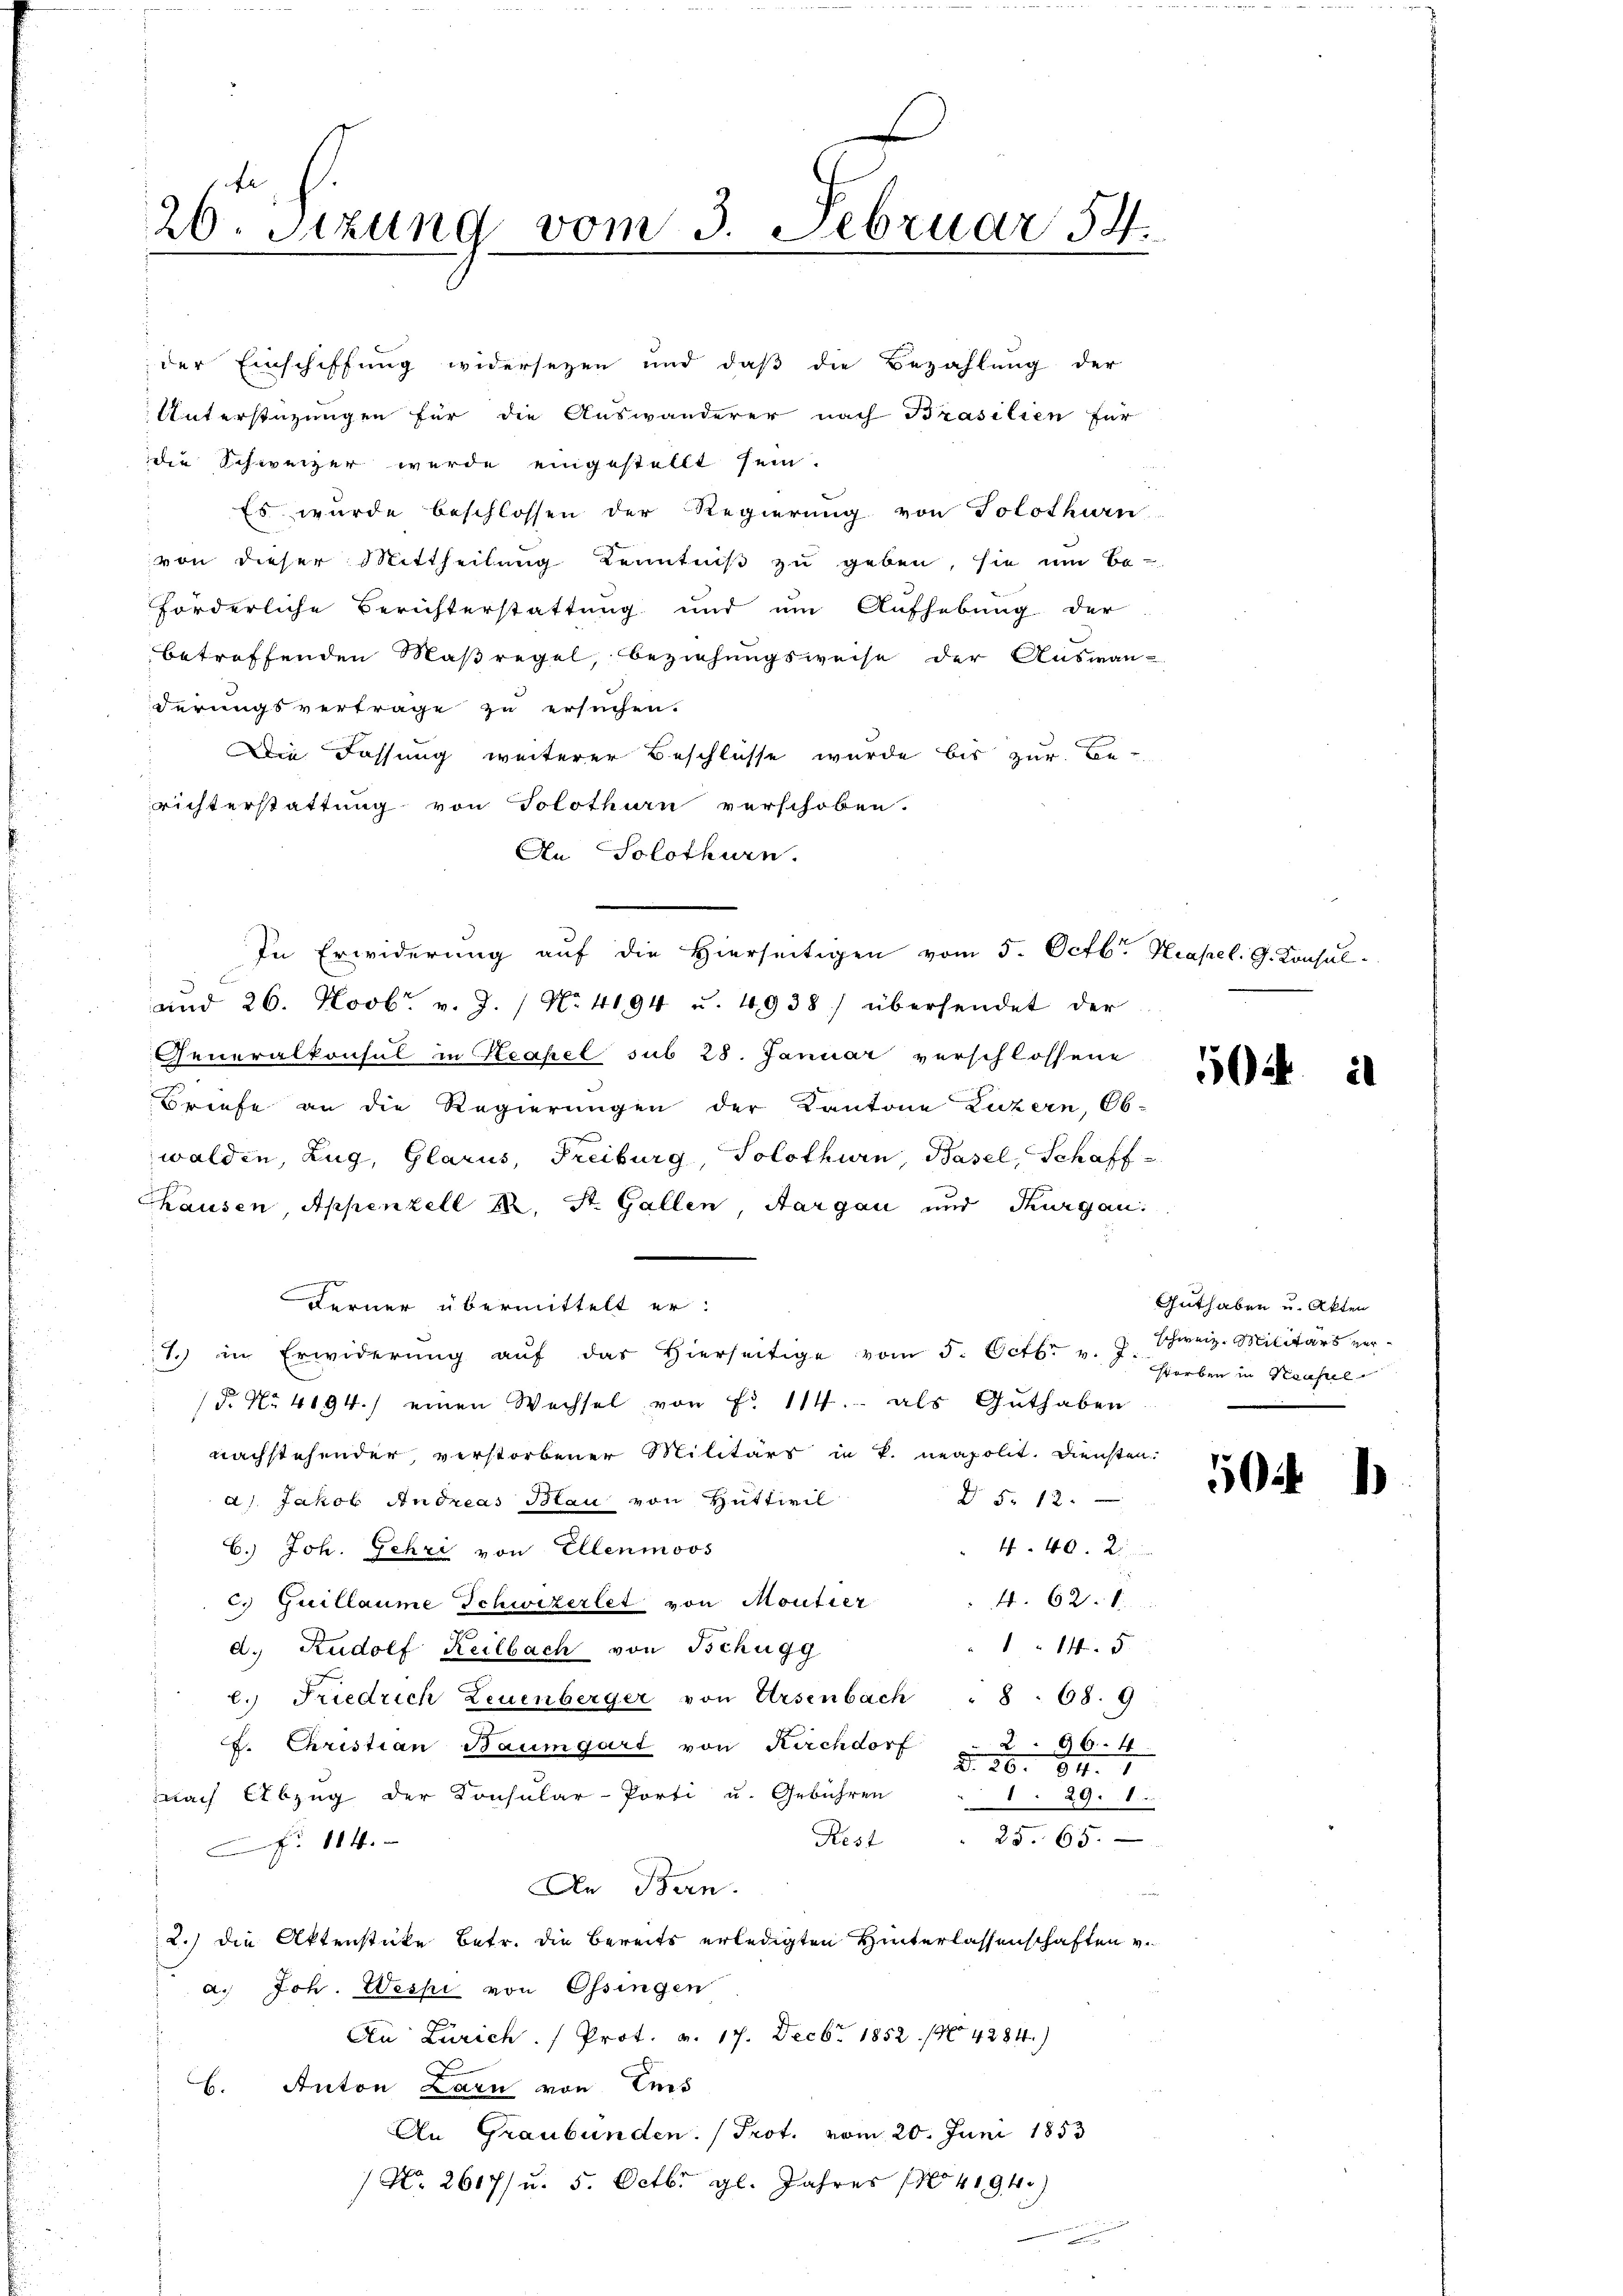
26. Sitzung vom 3. Februar 54.

der Einschiffung widersezen und daß die Bezahlung der
Unterstüzungen für die Auswanderer nach Brasilien für
die Schweizer wurde eingestellt sein.
Es wurde beschlossen der Regierung von Solothurn
von dieser Mittheilung Kenntniß zu geben, sie um Be-
forderliche Berichterstattung und um Aufhebung der
betreffenden Maßregel, Beziehungsweise der Auswanderungsverträge zu ersuchen.
Die Fassung weiterer Beschlüsse wurde bis zur Be-
richterstattung von Solothurn verschoben.
An Solothurn.
und 26. Novb. v. J. / No. 4194 u. 4938) übersendet der
Generalkonsul in Neapel sub 28. Januar verschlossene
Briefe an die Regierungen der Kantone Luzern, Ob-
walden, Zug, Glarus, Freiburg, Solothurn, Basel, Schaff
Thausen, Appenzell I. St. Gallen Aargau und Thurgau:
Ferner übermittelt er.
1. in Erwiderŭng aŭf das hierseitige vom 5. Octb. v. J. schweiz. Militärs ver-
F. No 4194.) einen Wechsel von Fr. 114. als Guthaben
nachstehender, verstorbener Militärs in k. neapolit. Diensten.
§ §. 12.
a) Jakob Andreas Blau von Huttwil
440. 21
6.) Joh. Gehri von Ellenmoos
4. 628.
c. Guillaume Schweizerlet von Moutier
145
d. Rudolf Keilbach von Tschugg
l. Friedrich Leuenberger von Ursenbach " 8. 68. 9
296. 4
F. Christian Baumgart von Kirchdorf
§. 20. 84. 1
nach Abzug der Konsular-Porti u. Gebühren
1 29.  ..
25. 65.
Rest
 114
An Ban
2.) die Aktenstücke betr. die Bereits erledigten Hinterlassenschaften v.
a.) Joh. Wespi von Ossingen
An Zürich. / Prot. v. 17. Decbr. 1852. 140. 4284.)
B. Anton Larn von Ents
An Graubünden. (Prot. vom 20. Juni 1853
Nr. 2617/ u. 5. Octbr. gl. Jahres (14194.)

In Erwiderung auf die Hierseitigen vom 5. Octbr. Kapel. G. Konsul

504 i

Guthaben u. Akten
storben in Neusal

5